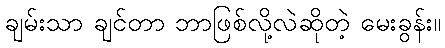
ချမ်းသာ ချင်တာ ဘာဖြစ်လို့လဲဆိုတဲ့ မေးခွန်း။